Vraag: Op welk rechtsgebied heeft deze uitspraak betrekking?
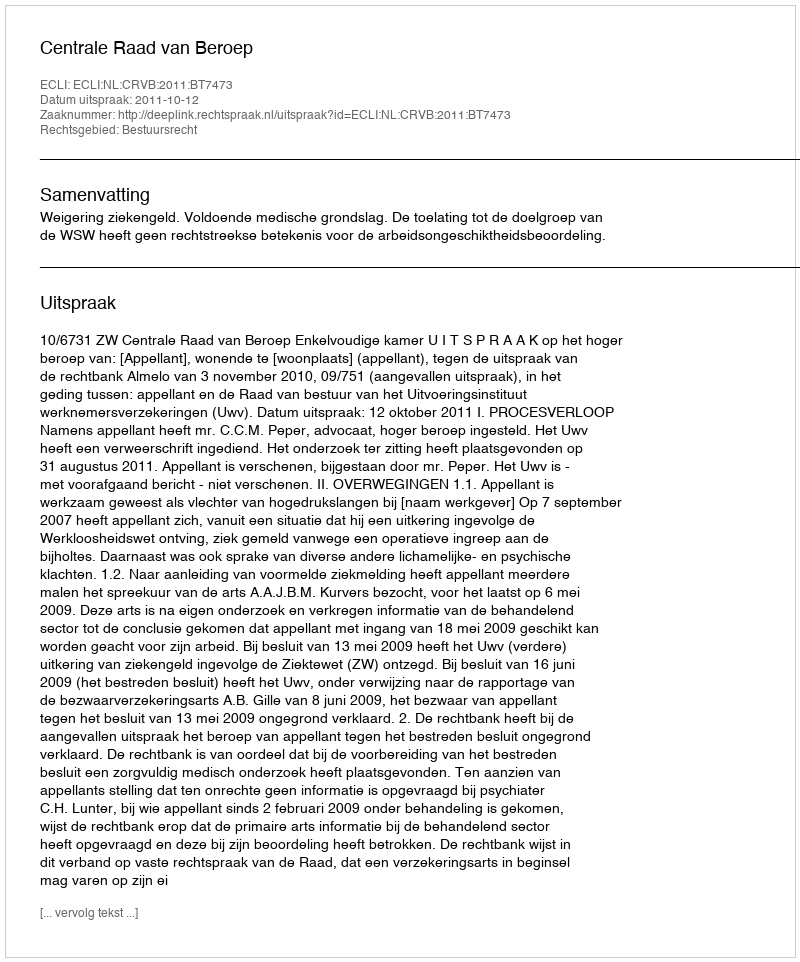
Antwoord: Bestuursrecht